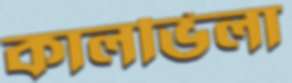
কালভিলা